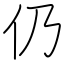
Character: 仍